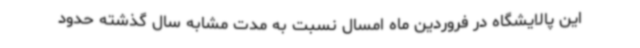
این پالایشگاه در فروردین ماه امسال نسبت به مدت مشابه سال گذشته حدود